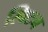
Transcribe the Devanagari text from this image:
स्विटन